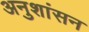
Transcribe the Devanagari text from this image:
अनुशांसन